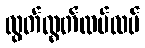
လွတ်လွတ်လပ်လပ်